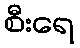
စီးရေ